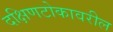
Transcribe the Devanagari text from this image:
दक्षिणटोकावरील